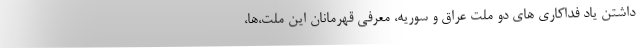
داشتن یاد فداکاری های دو ملت عراق و سوریه، معرفی قهرمانان این ملت،ها،